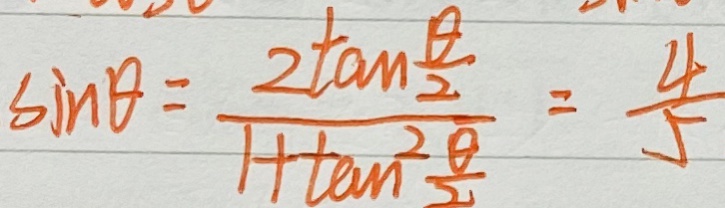
\sin \theta = \frac { 2 \tan \frac { \theta } { 2 } } { 1 + \tan ^ { 2 } \frac { \alpha } { 2 } } = \frac { 4 } { 5 }